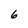
Character: 6